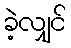
ခဲ့လျှင်